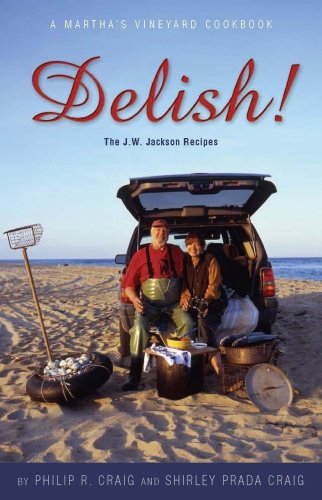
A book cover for Delish! The J.W. Jackson Recipes; A Martha's Vineyard Cookbook; Philip R. Craig and Shirley Prada Craig; Cookbooks, Food & Wine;